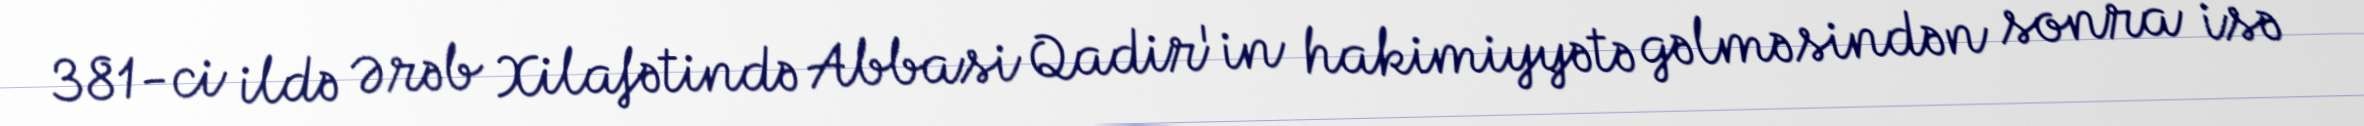
381-ci ildə Ərəb Xilafətində Abbasi Qadir'in hakimiyyətə gəlməsindən sonra isə